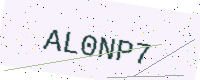
Text: AL0NP7